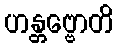
ဟန္တဗ္ဗောတိ